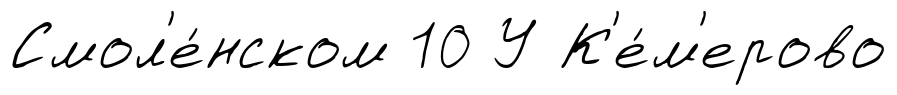
Смол'е́нском 10 У К'е́м'ерово